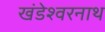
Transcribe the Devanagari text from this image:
खंडेश्वरनाथ